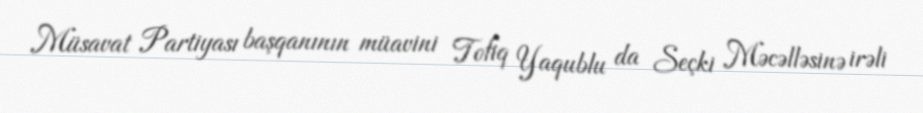
Müsavat Partiyası başqanının müavini Tofiq Yaqublu da Seçki Məcəlləsinə irəli